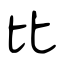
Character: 比